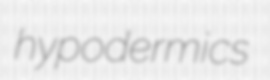
hypodermics